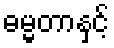
ဓမ္မတာနှင့်